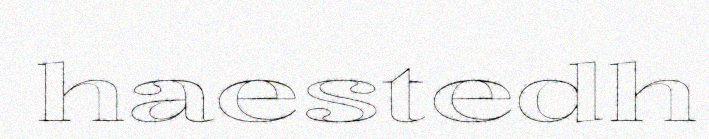
haestedh